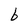
Character: 6